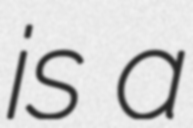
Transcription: is a